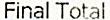
FINAL TOTAL